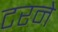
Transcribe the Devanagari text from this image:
टरने